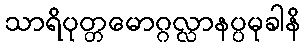
သာရိပုတ္တမောဂ္ဂလ္လာနပ္ပမုခါနိ